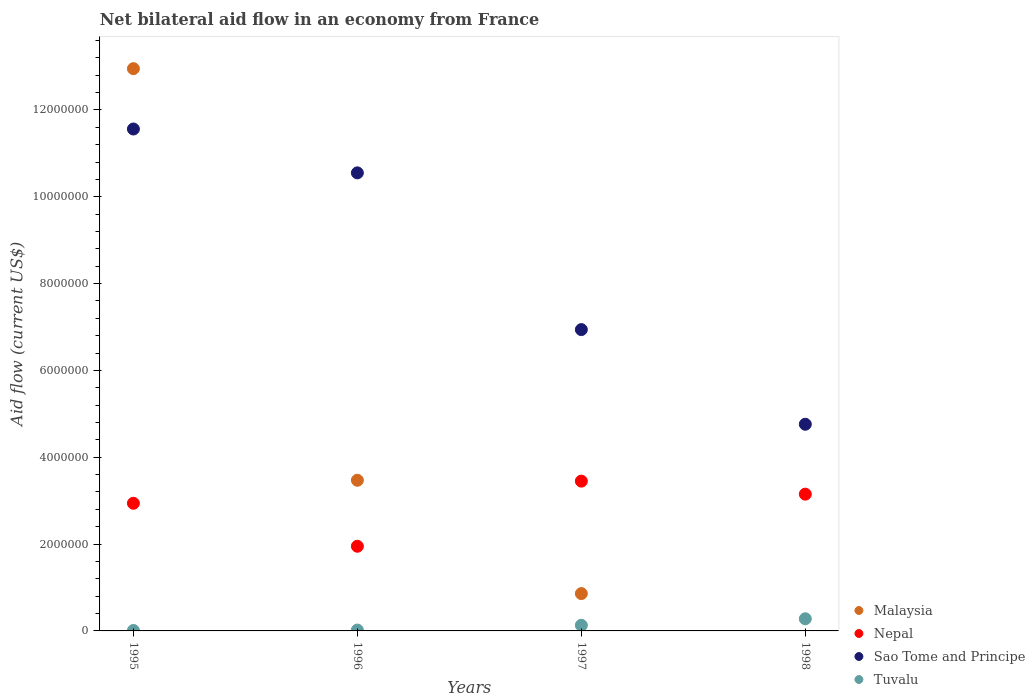
| Years | Malaysia | Nepal | Sao Tome and Principe | Tuvalu |
 | --- | --- | --- | --- | --- |
 | 1995 | 1.3e+07 | 2.94e+06 | 1.16e+07 | 1e+04 |
 | 1996 | 3.47e+06 | 1.95e+06 | 1.06e+07 | 2e+04 |
 | 1997 | 8.6e+05 | 3.45e+06 | 6.94e+06 | 1.3e+05 |
 | 1998 | -1.83e+06 | 3.15e+06 | 4.76e+06 | 2.8e+05 |